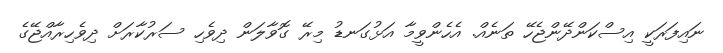
ނައިފަރަކީ އިސްކަންދޭންޖެހޭ ތަނެއް. އެހެންވީމާ އަޅުގަނޑު މިރޭ ގޮވާލަން ދިވެހި ސަރުކާރަށް ދިވެހިރާއްޖޭގެ